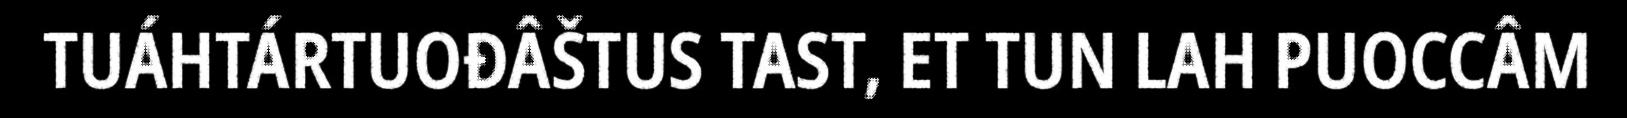
TUÁHTÁRTUOĐÂŠTUS TAST, ET TUN LAH PUOCCÂM